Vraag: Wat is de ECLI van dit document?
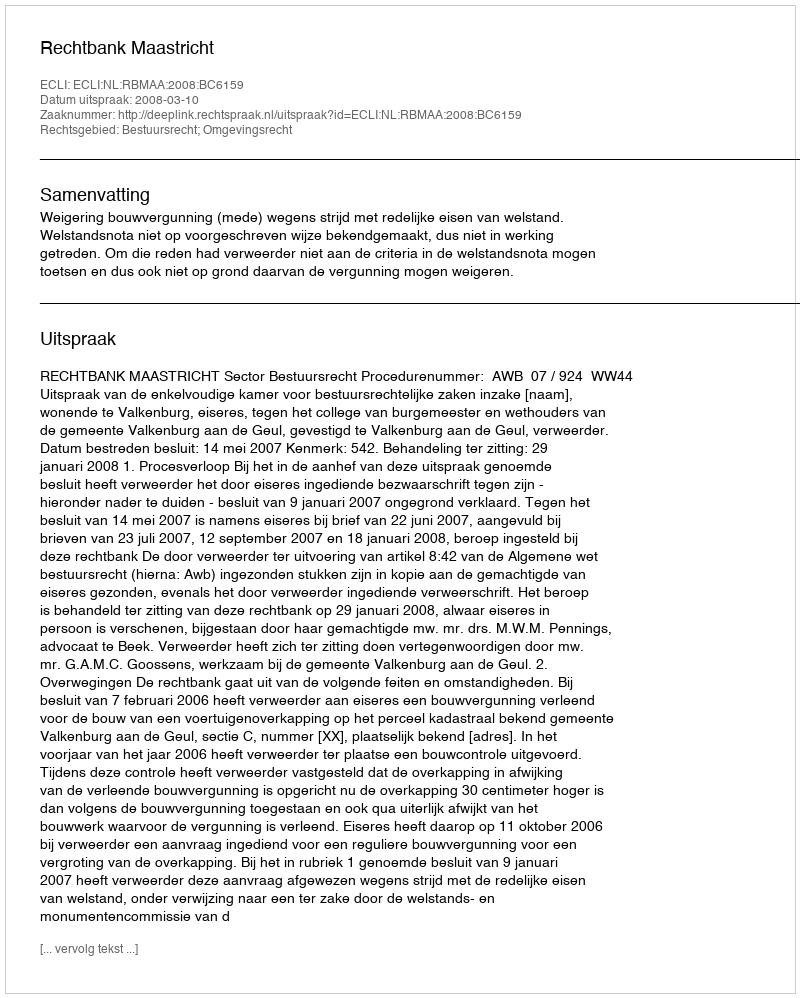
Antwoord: ECLI:NL:RBMAA:2008:BC6159